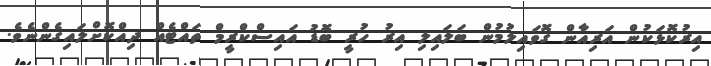
އިރުކޮޅަކުން އަރިއާން ގޮވައިލުމުން ބަލައިލި އިރު ހުރީ ބޮޑު އައިސްކްރީމް ތައްޓެއް ދިއްކޮށްލައިގެންނެވެ.